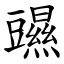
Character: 䝃